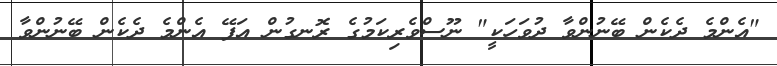
"އެންމެ ދެކެން ބޭނުންވާ ދުވަހަކީ" ނޫސްވެރިކަމުގެ ރޮނގުން އަފޭ އެންމެ ދެކެން ބޭނުންވާ